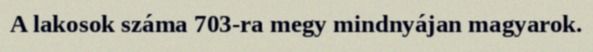
A lakosok száma 703-ra megy mindnyájan magyarok.